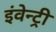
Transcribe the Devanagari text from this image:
इंवेन्ट्री